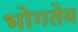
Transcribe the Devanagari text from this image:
भोगतेय